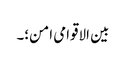
بین الاقوامی امن؛۔